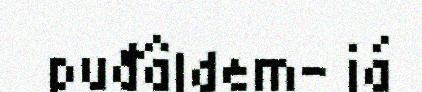
puđâldem- já